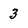
Character: 3